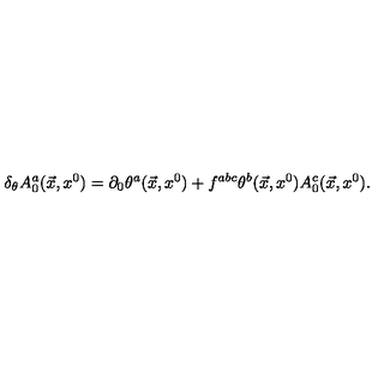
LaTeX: \delta _ { \theta } A _ { 0 } ^ { a } ( \vec { x } , x ^ { 0 } ) = \partial _ { 0 } \theta ^ { a } ( \vec { x } , x ^ { 0 } ) + f ^ { a b c } \theta ^ { b } ( \vec { x } , x ^ { 0 } ) A _ { 0 } ^ { c } ( \vec { x } , x ^ { 0 } ) .